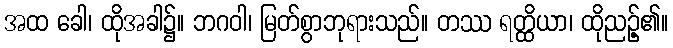
အထ ခေါ၊ ထိုအခါ၌။ ဘဂဝါ၊ မြတ်စွာဘုရားသည်။ တဿ ရတ္ထိယာ၊ ထိုညဉ့်၏။